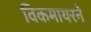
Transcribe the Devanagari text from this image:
विकमायरने